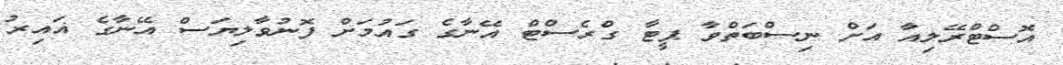
އޮސްޓްރޭލިއާ އަށް ނިސްބަތްވާ ޕީޓާ ގްރެސްޓް އޭނާގެ ގައުމަށް ފޮނުވާލިޔަސް އޭނާގެ ޣައިރު